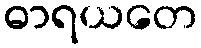
ဓာရယတေ